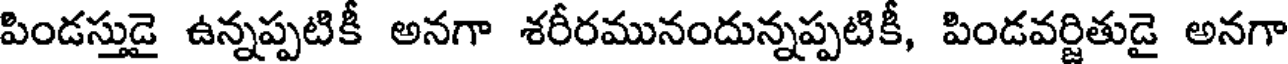
పిండస్తుడై ఉన్నప్పటికీ అనగా శరీరమునందున్నప్పటికీ, పిండవర్జితుడై అనగా